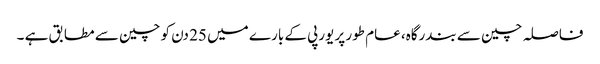
فاصلہ چین سے بندرگاہ، عام طور پر یورپی کے بارے میں 25 دن کو چین سے مطابق ہے ۔